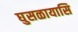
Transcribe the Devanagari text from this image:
घुसळायासि